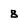
Character: 8